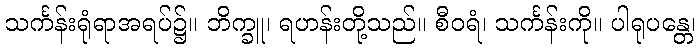
သင်္ကန်းရုံရာအရပ်၌။ ဘိက္ခူ၊ ရဟန်းတို့သည်။ စီဝရံ၊ သင်္ကန်းကို။ ပါရုပန္တေ၊